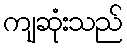
ကျဆုံးသည်